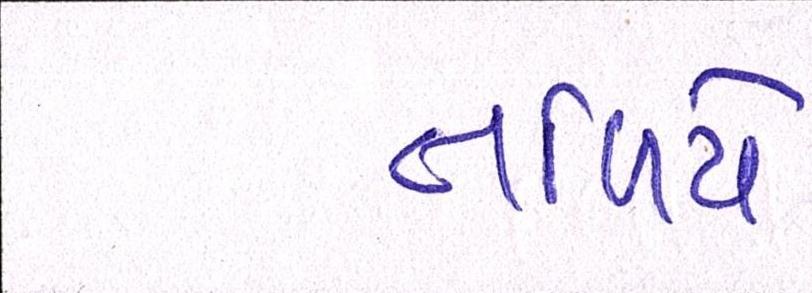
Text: તળિયે